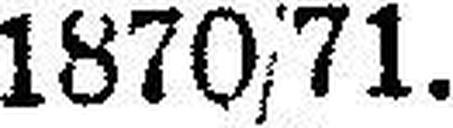
1870/71.